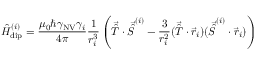
\hat { H } _ { \mathrm { d i p } } ^ { ( i ) } = \frac { \mu _ { 0 } \hbar \gamma _ { \mathrm { N V } } \gamma _ { i } } { 4 \pi } \frac { 1 } { r _ { i } ^ { 3 } } \left( \vec { \hat { T } } \cdot \vec { \hat { S } } ^ { ( i ) } - \frac { 3 } { r _ { i } ^ { 2 } } ( \vec { \hat { T } } \cdot \vec { r } _ { i } ) ( \vec { \hat { S } } ^ { ( i ) } \cdot \vec { r } _ { i } ) \right)